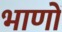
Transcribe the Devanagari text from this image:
भाणों